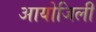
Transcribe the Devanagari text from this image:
आयोजिली